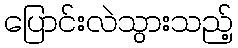
ပြောင်းလဲသွားသည့်